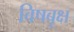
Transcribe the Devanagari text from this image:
विषबृक्ष